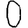
Digit: 0